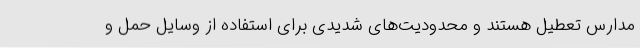
مدارس تعطیل هستند و محدودیت‌های شدیدی برای استفاده از وسایل حمل و